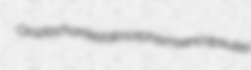
Orazio charriest dimorphisms encapsules